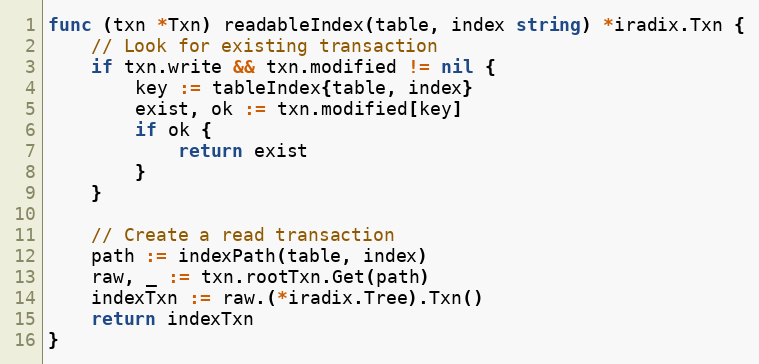
Language: Go
func (txn *Txn) readableIndex(table, index string) *iradix.Txn {
	// Look for existing transaction
	if txn.write && txn.modified != nil {
		key := tableIndex{table, index}
		exist, ok := txn.modified[key]
		if ok {
			return exist
		}
	}

	// Create a read transaction
	path := indexPath(table, index)
	raw, _ := txn.rootTxn.Get(path)
	indexTxn := raw.(*iradix.Tree).Txn()
	return indexTxn
}